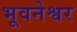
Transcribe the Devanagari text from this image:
भूवनेश्वर